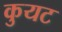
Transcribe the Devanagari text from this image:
कुयट